Bombay plague: being a history of the progress of plague in the Bombay presidency from September 1896 to June 1899
Year: 1896
Disease focus: Plague
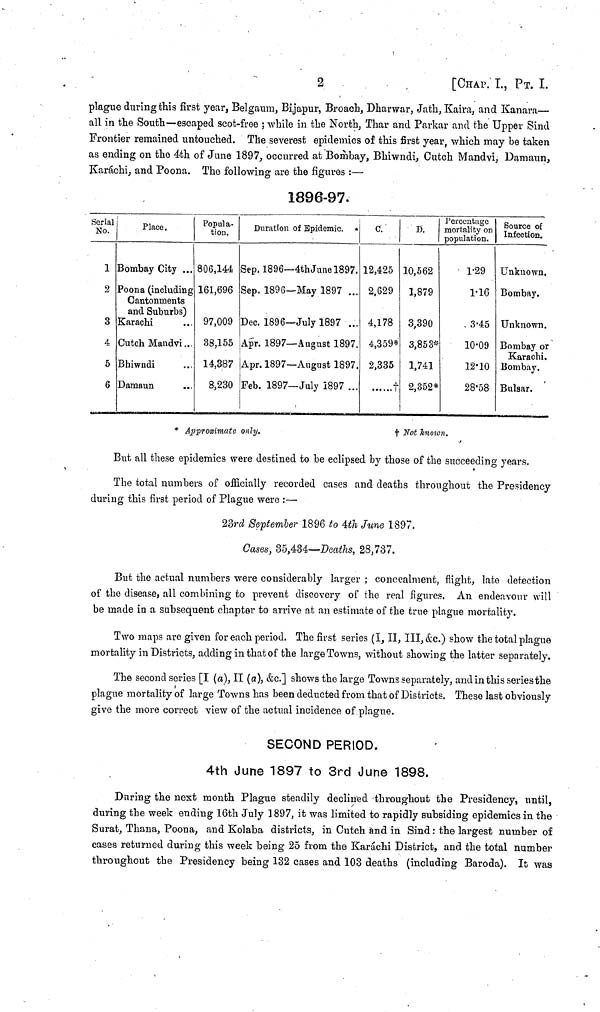
2
[CHAP. I, ΡT. Ι.
plague during this first year, Belgaum, Bijapur, Broach, Dharwar, Jath, Kaira, and Kanara—
all in the South—escaped scot-free ; while in the North, Thar and Parkar and the Upper Sind
Frontier remained untouched. The severest epidemics of this first year, which may be taken
as ending on the 4th of June 1897, occurred at Bombay, Bhiwndi, Cutch Mandvi, Damaun,
Karachi, and Poona. The following are the figures :—
1896-97.
Serial
No.
1
2
3
4
5
6
Place.
Bombay City ...
Poona (including
Cantonments
and Suburbs)
Karachi
Cutch Mandvi...
Bhiwndi ...
Damaun ...
Popula-
tion.
806,144
161,696
97,009
38,155
14,387
8,230
Duration of Epidemic.
Sep. 1896— 4th June 1897.
Sep. 1896— May 1897 ...
Dec. 1896— July 1897 ...
Apr. 1897— August 1897.
Apr. 1897— August 1897.
Feb. 1897— July 1897 ...
C.
12,425
2,629
4,178
4,359*
2,335
†
D.
10,562
1,879
3,390
3,85 3*
1,741
2,352*
Percentage
mortality on
population.
1.29
1.16
3.45
10.09
12.10
28·58
Source of
Infection.
Unknown.
Bombay.
Unknown.
Bombay or
Karachi.
Bombay.
Bulsar.
* Approximate only.
†
Not known.
But all these epidemics were destined to be eclipsed by those of the succeeding years.
The total numbers of officially recorded cases and deaths throughout the Presidency
during this first period of Plague were :—
23rd September 1896 to 4th June 1897.
Cases, 35,434—Deaths, 28,737.
But the actual numbers were considerably larger ; concealment, flight, late detection
of the disease, all combining to prevent discovery of the real figures. An endeavour will
be made in a subsequent chapter to arrive at an estimate of the true plague mortality.
Two maps are given for each period. The first series (I, II, III, &c.) show the total plague
mortality in Districts, adding in that of the large Towns, without showing the latter separately.
The second series [I (a), II (a), &c.] shows the large Towns separately, and in this series the
plague mortality of large Towns has been deducted from that of Districts. These last obviously
give the more correct view of the actual incidence of plague.
SECOND PERIOD.
4th June 1897 to 3rd June 1898.
During the next month Plague steadily declined throughout the Presidency, until,
during the week ending 16th July 1897, it was limited to rapidly subsiding epidemics in the
Surat, Thana, Poona, and Kolaba districts, in Cutch and in Sind : the largest number of
cases returned during this week being 25 from the Karachi District, and the total number
throughout the Presidency being 132 cases and 103 deaths (including Baroda). It was